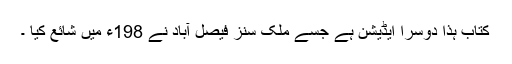
کتاب ہذا دوسرا ایڈیشن ہے جسے ملک سنز فیصل آباد نے 198ء میں شائع کیا ۔